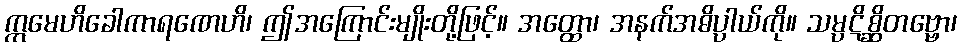
ဣမေဟိခေါကာရဏေဟိ၊ ဤအကြောင်းမျိုးတို့ဖြင့်။ အတ္ထော၊ အနက်အဓိပ္ပာယ်ကို။ သမ္ပဋိစ္ဆိတဗ္ဗော၊